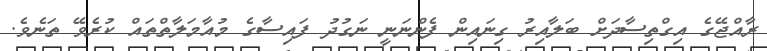
ރާއްޖޭގެ އިގްތިސާދަށް ބަލާއިރު ގިނައިން ފެންނަނީ ނަގުދު ފައިސާގެ މުއާމަލާތްތައް ކުރެވޭ ތަނެވެ.